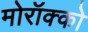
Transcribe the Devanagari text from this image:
मोरॉक्को